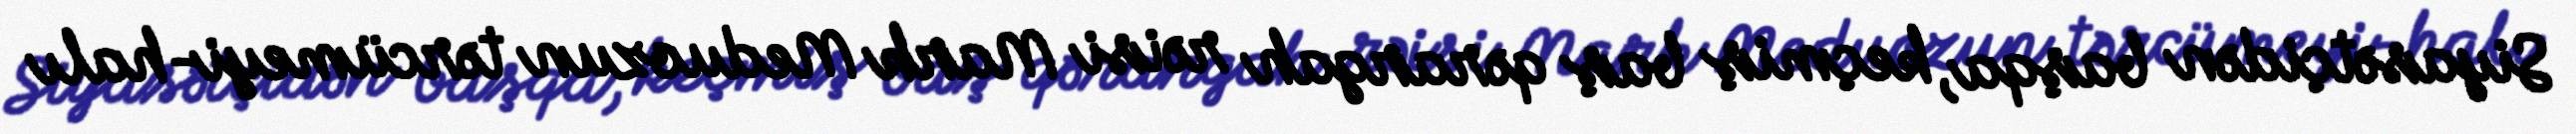
Siyasətçidən başqa, keçmiş baş qərargah rəisi Mark Meduozun tərcümeyi-halı